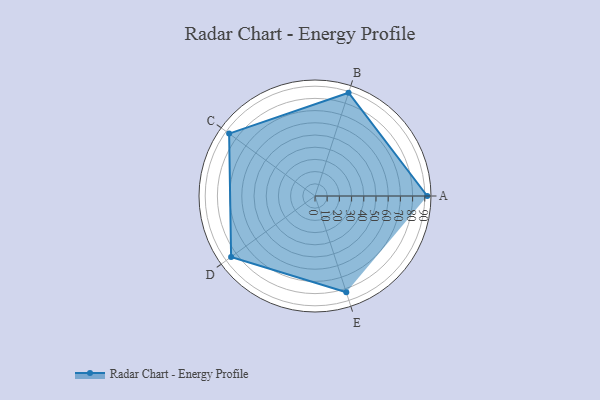
{"axis": {"x": "Skill", "y": "Score"}, "legend": ["Profile"], "data": [{"x": "A", "y": 92.0, "type": "Profile"}, {"x": "B", "y": 89.0, "type": "Profile"}, {"x": "C", "y": 87.0, "type": "Profile"}, {"x": "D", "y": 85.0, "type": "Profile"}, {"x": "E", "y": 83.0, "type": "Profile"}]}